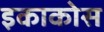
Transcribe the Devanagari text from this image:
इकाकोस